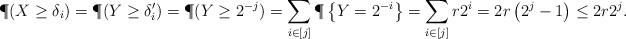
LaTeX: \begin{align*}\P(X \geq \delta_i) &= \P(Y \geq \delta_i') = \P(Y \geq 2^{-j}) = \sum_{i \in [j]} \P\left\{Y = 2^{-i} \right\} = \sum_{i \in [j]} r 2^i = 2r\left( 2^{j} - 1 \right) \leq 2r2^j.\end{align*}